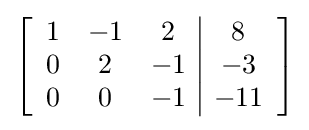
\left[{\begin{array}{ccc|c}1&-1&2&8\\0&2&-1&-3\\0&0&-1&-11\end{array}}\right]